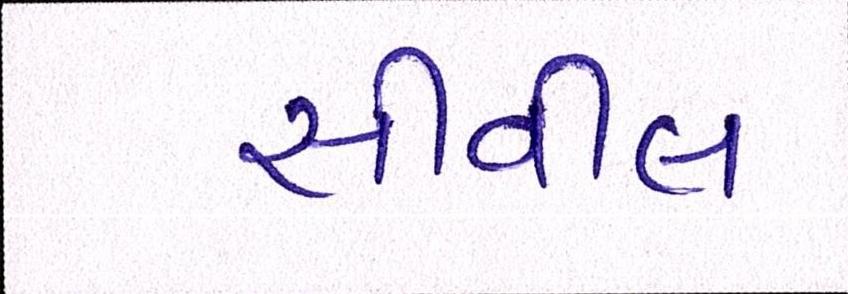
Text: સીવીલ